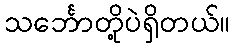
သင်္ဘောတို့ပဲရှိတယ်။